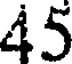
45